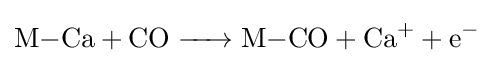
{\ce {M-Ca + CO -> M-CO + Ca^+ + e^-}}